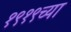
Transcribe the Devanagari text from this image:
१९१९च्या